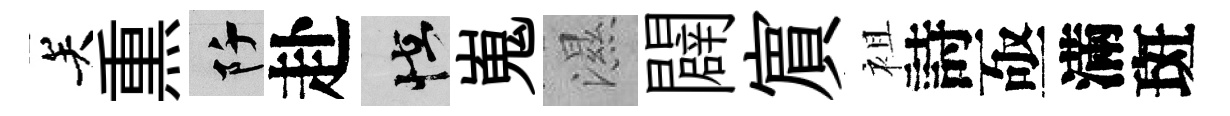
关𤋱阡赴怪嵬濕闢賔袓詩亟滿斑